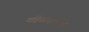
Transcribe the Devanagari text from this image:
महिसासुरमर्दिनी